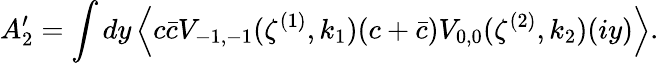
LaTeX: A_{2}^{\prime}=\int dy\left\langle c\bar{c}V_{-1,-1}(\zeta^{(1)},k_{1})(c+\bar{c})V_{0,0}(\zeta^{(2)},k_{2})(iy)\right\rangle.